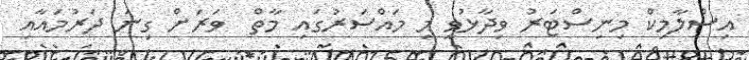
އިސްލާމިކް މިނިސްޓަރު ވިދާޅުވީ މި މައްސަރުގައި މާތް  ވަރަށް ގިނަ ދަރުމައާއި